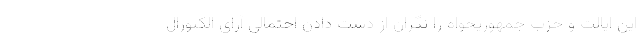
این ایالت و حزب جمهوریخواه را نگران از دست دادن احتمالی آرای الکتورال